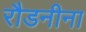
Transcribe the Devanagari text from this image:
रौडनीना